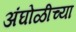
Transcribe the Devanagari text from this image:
अंघोळीच्या